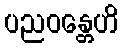
ပညဝန္တေဟိ